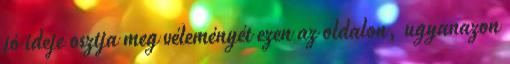
jó ideje osztja meg véleményét ezen az oldalon, ugyanazon